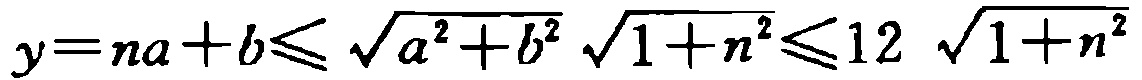
\(y=na + b\leqslant\sqrt{a^{2}+b^{2}}\sqrt{1 + n^{2}}\leqslant12\sqrt{1 + n^{2}}\)